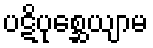
ပဋိပုစ္ဆေယျာမ